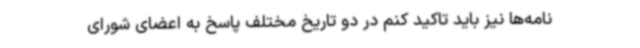
نامه‌ها نیز باید تاکید کنم در دو تاریخ مختلف پاسخ‌ به اعضای شورای